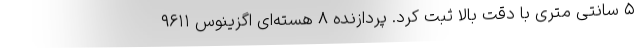
۵ سانتی متری با دقت بالا ثبت کرد. پردازنده ۸ هسته‌ای اگزینوس ۹۶۱۱